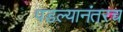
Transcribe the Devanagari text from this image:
पडल्यानंतरच